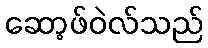
ဆော့ဖ်ဝဲလ်သည်